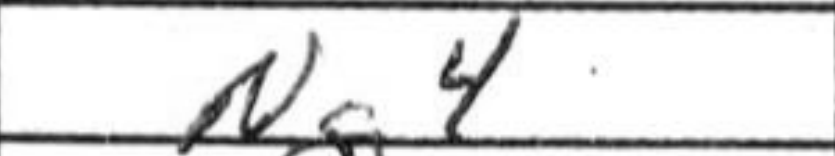
Transcription: Ng4